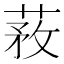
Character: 䓮